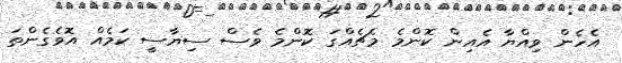
އެހެން ވިއްޔާ އެއިން ކޮންމެ މެޗެއްގަ ކޮންމެ ވެސް ސިޔާސީ ކަމެއް އޮވެގެންތަ